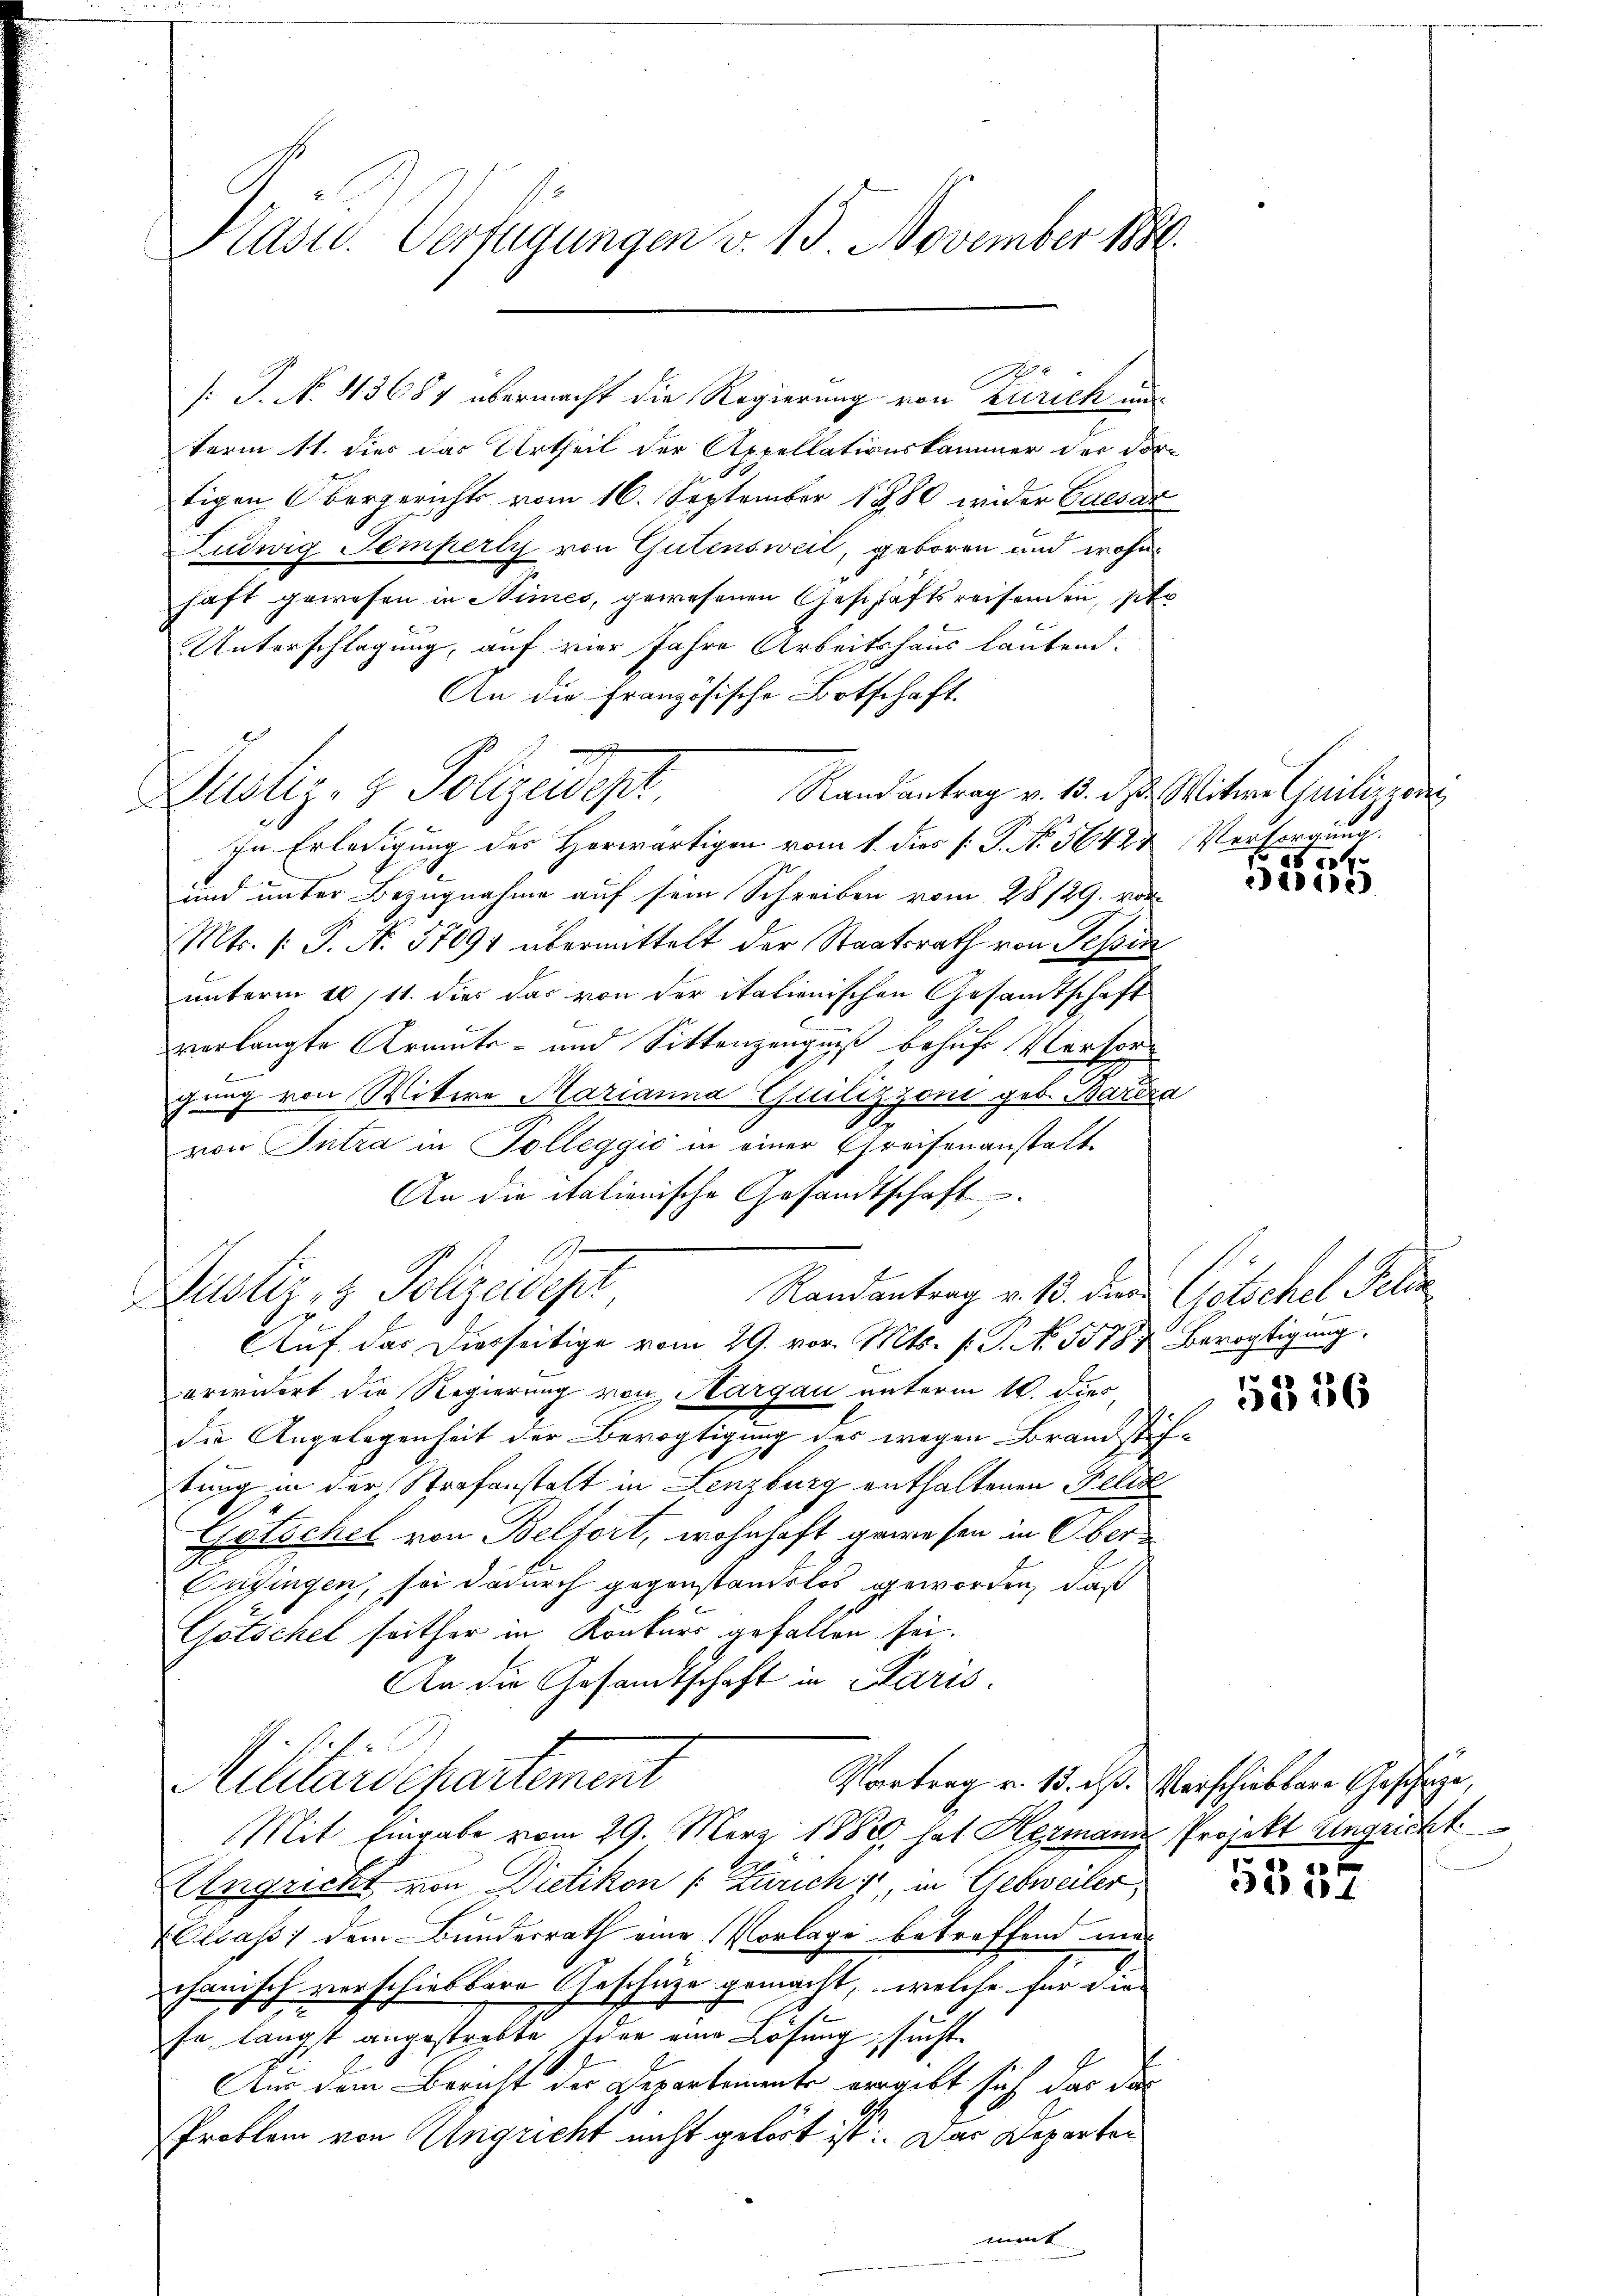
[P. No. 43687 übermacht die Regierung von Zürich und
term 11. dies das Urtheil der Appellationskammer der dor
tigen Obergerichts vom 16. September 1880 wider Caesar
Ludwig Temperli von Gutensweil, geboren und wohnhaft gewesen in Nimes, gewesenen Geschäftsreisenden, sit
Unterschlagung, auf vier Jahre Arbeitshaus laubend.
An die Französische Botschaft.
Rand antrag v. 13. d. Mitte Guilizzen
Justiz- & Polizeidept
In Erledigung des Herwärtigen vom 1. dies [P. No. 5642. Versorgung.
und unter Bezugnahme auf sein Schreiben vom 28/29. vor
Mts. (: P. No. 57091 übermittelt der Staatsrath von Tessin
unterm 10/11. dies das von der italienischen Gesamtschaft
verlangte Armuts- und Sittenzeugniß behufs Versorgung von Witwe Marianna Guilizzoni geb. Barera
von Intra in Tolleggić in einer Greifenanstalte
An die italienische Gesandtschaft
Randantrag v. 13. der Götschel Fell
Auf das Diesseitige vom 29. vor. Mts. s. S. N. 5578 & Bevogtigung.
erwidert die Regierung von Aargau unterm 14. dies
die Angelegenheit der Bevogtigung des wegen Brandstiftung in der Strafanstalt in Lenzburg enthaltenen Felis
Gutschel von Belfort, wohnhaft gewesen in Ober¬
Pufingen, sei dadurch gegenstandslos geworden, daß
Götschel seither in Konkurs gefallen sei.
An die Gesandtschaft in Paris.
.
Sellardepartement
Vortrag v. 15. ds. Verschiebbare Geschäze,
Mit Eingabe vom 29. März 1889 hat Hermann Projekt Angricht
Angricht von Dietikon [Zürich, in Gebweiler,
Clcass; dem Bunderrath eine Vorlage betreffend weg
chanisch verschiebbare Geschüze gemacht, welche für die
En längst angestrebte der eine Lösung, sucht
Aus dem Bericht der Departemente vergibt sich das das
Problem von Angricht nicht gehört ist. Das Departer
ment

Prast. Verfügungen v. 13. November 1886.

Justiz & Polizeidiget

2

2146)

5556

a 1 f

e